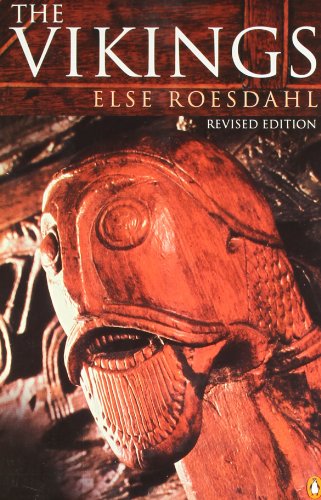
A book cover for The Vikings: Revised Edition; Else Roesdahl; History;